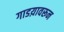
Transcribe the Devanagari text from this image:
गाडय़ावरून